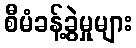
စီမံခန့်ခွဲမှုများ